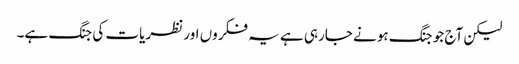
لیکن آج جو جنگ ہونے جارہی ہے یہ فکروں اور نظریات کی جنگ ہے۔